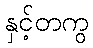
နှင့်တကွ